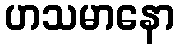
ဟသမာနော